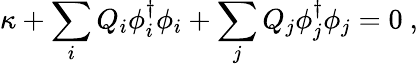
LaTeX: \kappa+\sum_{i}Q_{i}\phi_{i}^{\dagger}\phi_{i}+\sum_{j}Q_{j}\phi_{j}^{\dagger}\phi_{j}=0\ ,